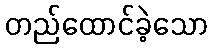
တည်ထောင်ခဲ့သော